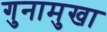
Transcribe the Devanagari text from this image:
गुनामुखा